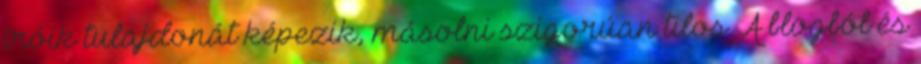
íróik tulajdonát képezik, másolni szigorúan tilos. A blogból és